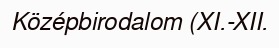
Középbirodalom (XI.-XII.